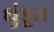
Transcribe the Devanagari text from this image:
धुंडूरा